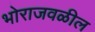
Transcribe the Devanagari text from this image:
भोराजवळील